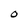
Character: O